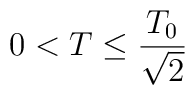
0<T\leq \frac{T_{0}}{\sqrt{2}}